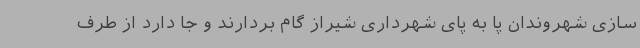
سازی شهروندان پا به پای شهرداری شیراز گام بردارند و جا دارد از طرف